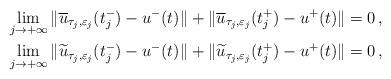
LaTeX: \begin{align*}&\lim_{j\to +\infty}\|\overline{u}_{\tau_j,\varepsilon_j}(t^-_j)- u^-(t)\|+ \|\overline{u}_{\tau_j,\varepsilon_j}(t^+_j)- u^+(t)\|=0\,, \\&\lim_{j\to +\infty}\|\widetilde{u}_{\tau_j,\varepsilon_j}(t^-_j)- u^-(t)\|+ \|\widetilde{u}_{\tau_j,\varepsilon_j}(t^+_j)- u^+(t)\|=0\,, \\\end{align*}